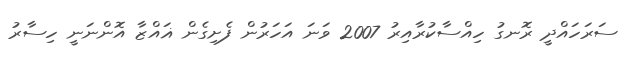
ސަރަހައްދީ ރޮނގު ހިއްސާކުރާއިރު 2007 ވަނަ އަަހަރުން ފެށިގެން ޣައްޒާ އޮންނަނީ ހިސާރު